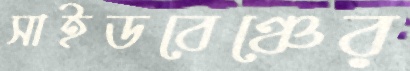
সাইডবেঞ্চের